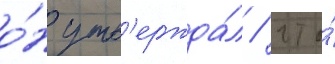
о́н утв'ержда́л / что́